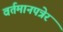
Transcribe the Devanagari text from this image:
वर्तमानपत्रेर